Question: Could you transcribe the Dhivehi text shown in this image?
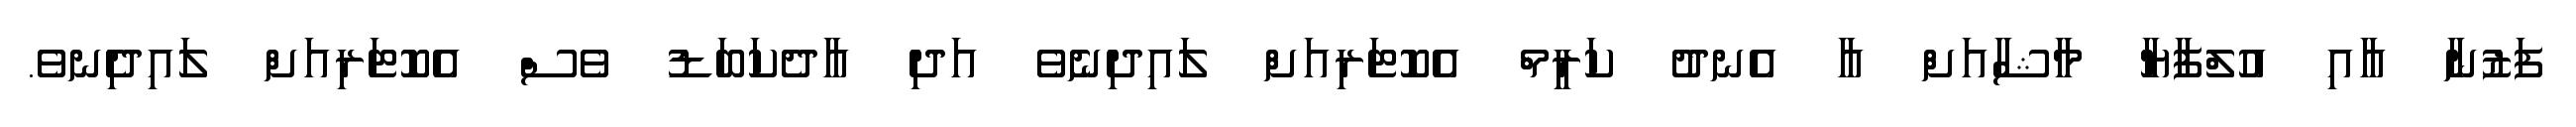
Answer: ފަޒުނާ އާއި އުލްފާޔާ މާޝާއަށް އާ އެނދު ކަރީމް އެކޮޓަރިއަށް ލައިދިނެވެ އަދި އާދެކަބަޑު ވެސް އެކޮޓަރިއަށް ލައިދިެނވެ.